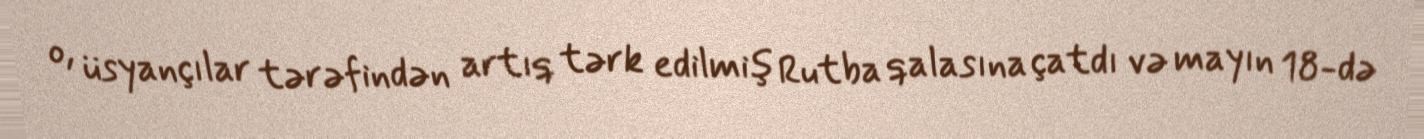
o, üsyançılar tərəfindən artıq tərk edilmiş Rutba qalasına çatdı və mayın 18-də